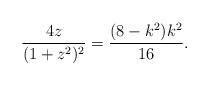
LaTeX: \begin{align*}\frac{4z}{(1+z^2)^2}=\frac{(8-k^2)k^2}{16}.\end{align*}